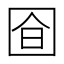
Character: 𭍞